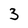
Character: 3